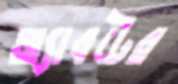
অ্যাবটের